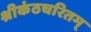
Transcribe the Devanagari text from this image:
श्रीकंठचरितम्